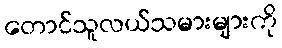
တောင်သူလယ်သမားများကို